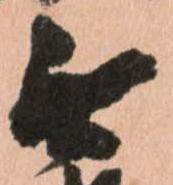
無